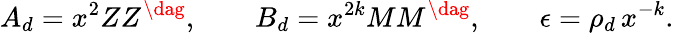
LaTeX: A_{d}=x^{2}ZZ^{\dag},\qquad B_{d}=x^{2k}MM^{\dag},\qquad\epsilon=\rho_{d}\, x^{-k}.